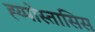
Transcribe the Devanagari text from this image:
ह्य्पोस्तासिस